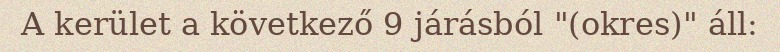
A kerület a következő 9 járásból "(okres)" áll: